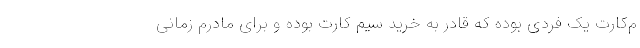
م‌کارت یک فردی بوده که قادر به خرید سیم کارت بوده و برای مادرم زمانی